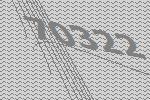
70322